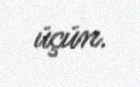
üçün.